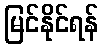
မြင်နိုင်ရန်